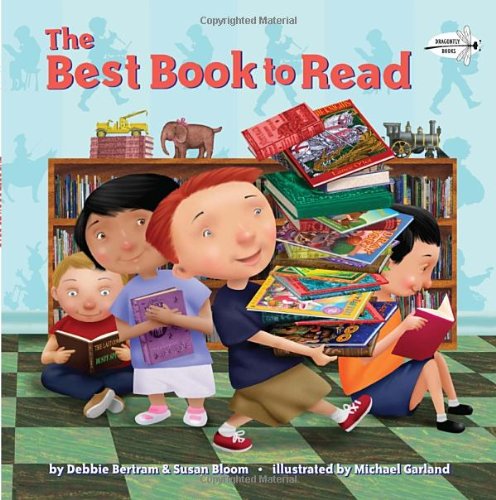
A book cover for The Best Book to Read; Debbie Bertram; Children's Books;